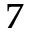
7